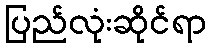
ပြည်လုံးဆိုင်ရာ